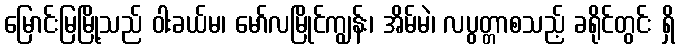
မြောင်းမြမြို့သည် ဝါးခယ်မ၊ မော်လမြိုင်ကျွန်း၊ အိမ်မဲ၊ လပွတ္တာစသည့် ခရိုင်တွင်း ရှိ